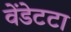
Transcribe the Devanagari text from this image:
वेंडेटटा